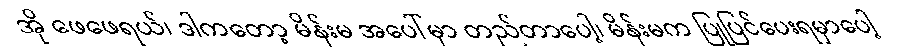
အို ဖေဖေရယ်၊ ဒါကတော့ မိန်းမ အပေါ်မှာ တည်တာပေါ့၊ မိန်းမက ပြုပြင်ပေးရမှာပေါ့